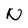
Character: N